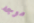
موجه